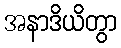
အနာဒိယိတွာ